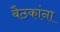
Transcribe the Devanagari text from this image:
बैठकांना